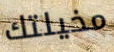
مخيلتك